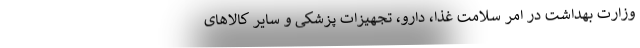
وزارت بهداشت در امر سلامت غذا، دارو، تجهیزات پزشکی و سایر کالاهای